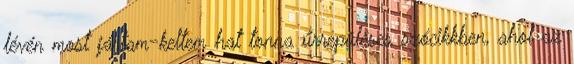
lévén most jártam-keltem hat tonna űrrepüléses szócikkben, ahol az